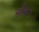
સીએઝ